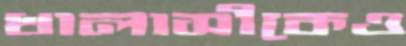
খালাসীকেও